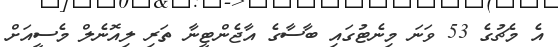
އެ މެޗުގެ 53 ވަނަ މިނެޓުގައި ބާސާގެ އާޖެންޓީނާ ތަރި ލިއޮނެލް މެސީއަށް